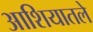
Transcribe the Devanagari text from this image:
आशियातले